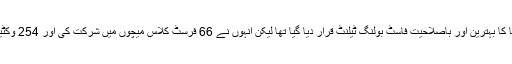
محمد عامر کا دنیا کا بہترین اور باصلاحیت فاسٹ بولنگ ٹیلنٹ قرار دیا گیا تھا لیکن انہوں نے 66 فرسٹ کلاس میچوں میں شرکت کی اور 254 وکٹیں حاصل کی ہیں۔